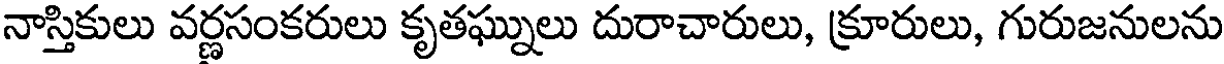
నాస్తికులు వర్ణసంకరులు కృతఘ్నులు దురాచారులు, క్రూరులు, గురుజనులను